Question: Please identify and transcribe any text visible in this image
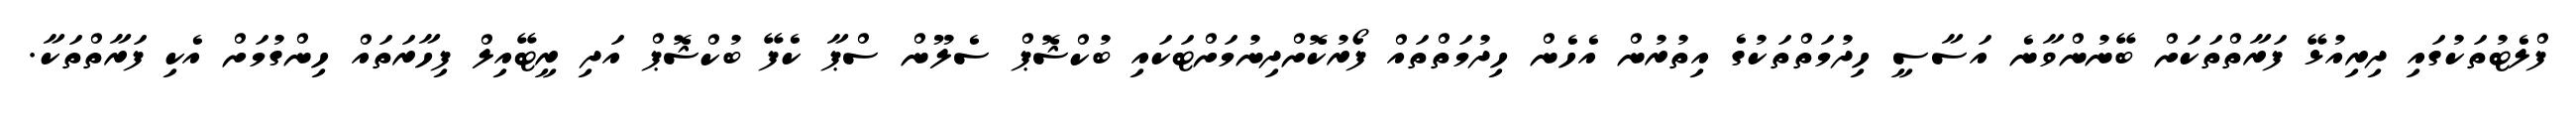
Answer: ފްލެޓުތަކުގައި ދިރިއުޅޭ ފަރާތްތަކަށް ބޭނުންވާނެ އަސާސީ ހިދުމަތްތަކުގެ އިތުރުން އެހެން ހިދުމަތްތައް ފޯރުކޮށްދިނުމަށްޓަކައި ބުކްޝޮޕް ސެލޫން ސްޕާ ކެފޭ ބުކްޝޮޕް އަދި ރީޓޭއިލް ފިހާރަތައް ހިންގުމަށް އެކި ފަރާތްތަކާ.